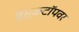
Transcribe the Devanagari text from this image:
डेस्कटॉपवर